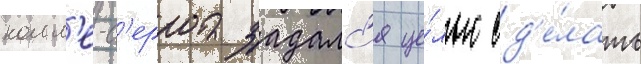
колл'е-с'ерра задалс'я це́лью сд'е́лать